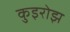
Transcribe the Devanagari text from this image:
कुइरोझ